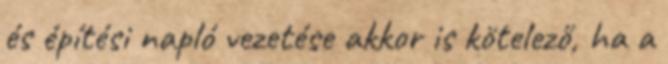
és építési napló vezetése akkor is kötelező, ha a